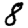
Digit: 8